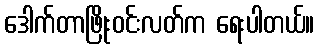
ဒေါက်တာဖြိုးဝင်းလတ်က ရေးပါတယ်။